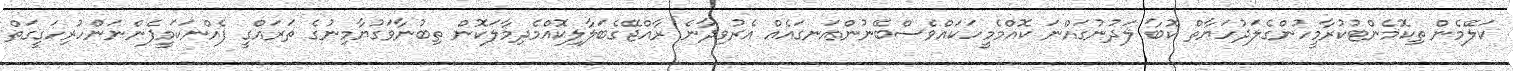
ކަލޭމެން ތިކޮމެންޓުކުރާމީހުންގެލަދުހަޔާތް ކޮބާ ލަދުނުގައްނަ ކޮއްމެމީހަކައްވެސްބޭނުންއަނގައެއް އެރުވިދާނެ ރާއްޖޭގެބަލާލިކޮއްމެދިމާލަކޮން ތިބުނާވަގުޔާމިނުގެ ތަރައްގީ ފެއްނަކަމީފެންނަންހުރިހަގީގަތް